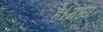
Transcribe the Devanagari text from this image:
है।मध्य